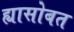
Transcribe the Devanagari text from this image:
ह्यासोबत